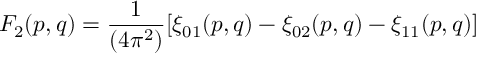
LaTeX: F _ { 2 } ( p , q ) = { \frac { 1 } { ( 4 \pi ^ { 2 } ) } } [ \xi _ { 0 1 } ( p , q ) - \xi _ { 0 2 } ( p , q ) - \xi _ { 1 1 } ( p , q ) ]